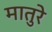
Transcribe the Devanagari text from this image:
मातुरे